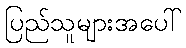
ပြည်သူများအပေါ်